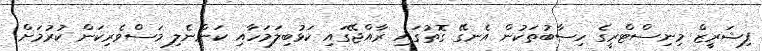
ފިޝަރީޒް މިނިސްޓްރީގެ ހިސާބުތަކުން އެނގޭ ގޮތުގައި ރާއްޖޭގައި ކަޅުބިލަމަހާއި ކަންނެލި މަސްވެރިކަން ކުރުމަށް